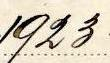
1923